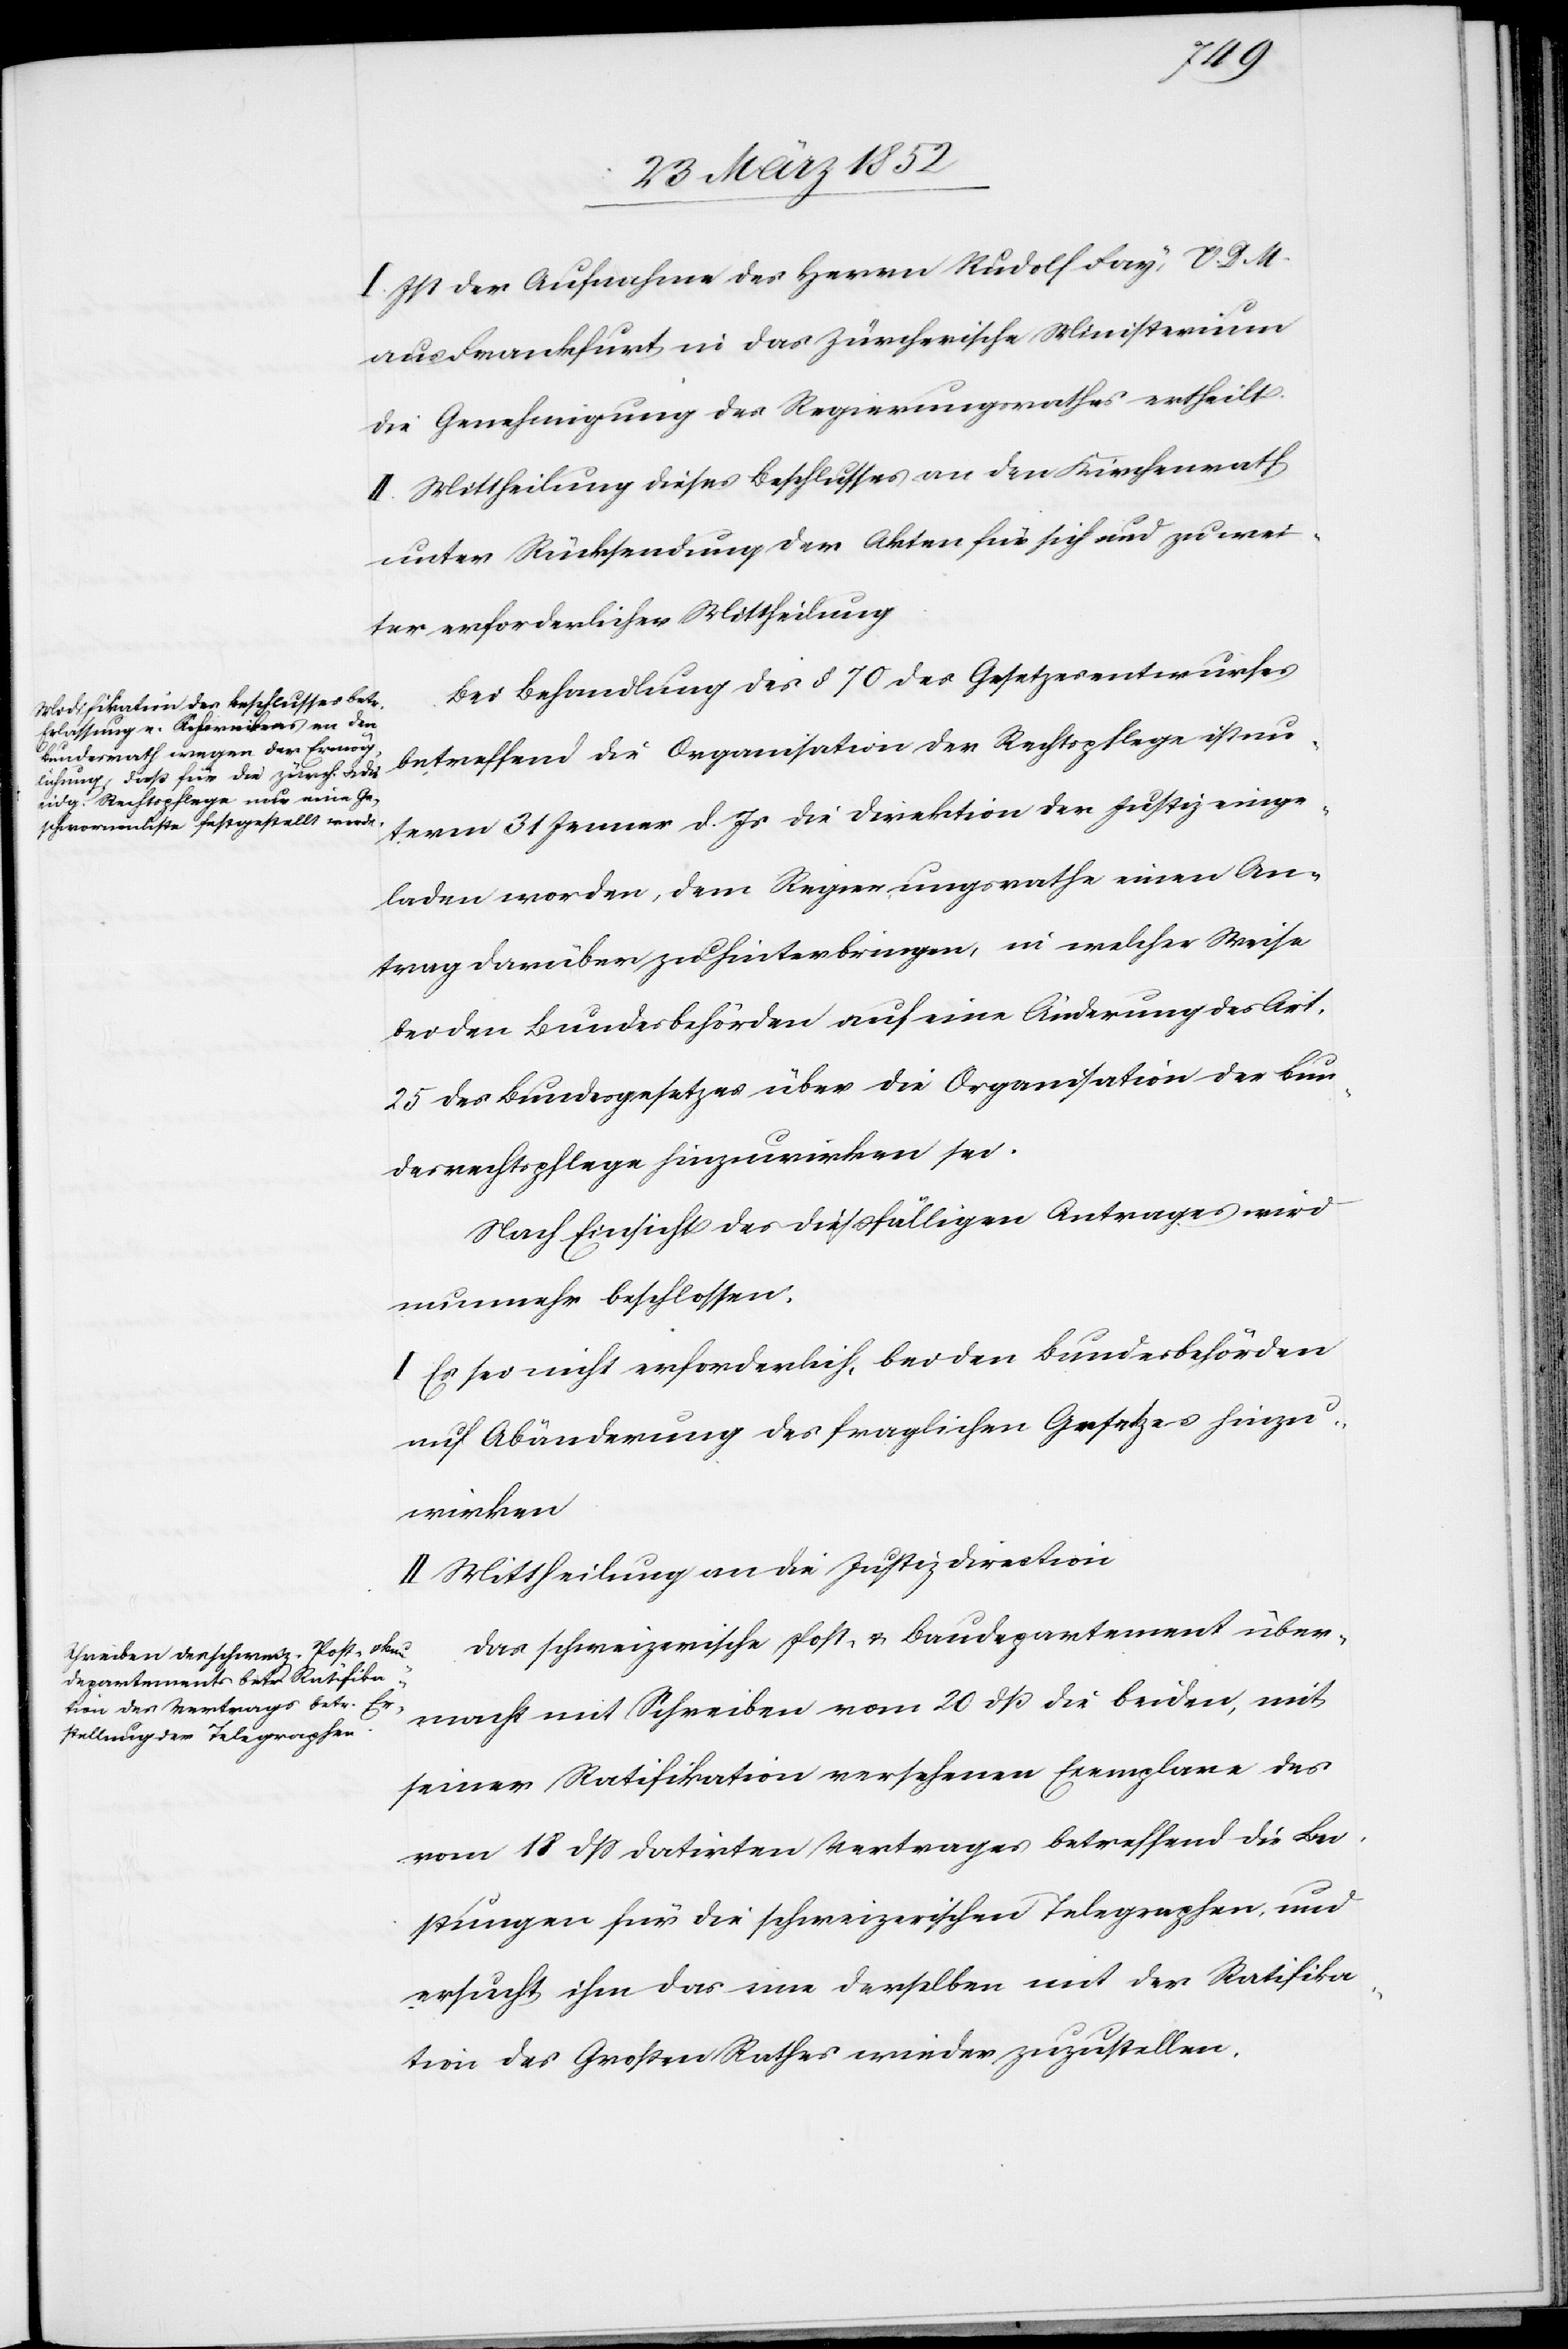
I. Ist der Aufnahme des Herrn Rudolf Fay, V. D. M.
aus Frankfurt in das Zürcherische Ministerium
die Genehmigung des Regierungsrathes ertheilt.
II. Mittheilung dieses Beschlusses an den Kirchenrath
unter Rücksendung der Akten für sich und zu wei¬
ter erforderlicher Mittheilung.
Bei Behandlung des § 70 des Gesetzesentwurfes
betreffend die Organisation der Rechtspflege ist un¬
term 31 Jenner d. Js die Direktion der Justiz einge¬
laden worden, dem Regierungsrathe einen An¬
trag darüber zu hinterbringen, in welcher Weise
bei den Bundesbehörden auf eine Änderung des Art.
25 des Bundesgesetzes über die Organisation der Bun¬
desrechtspflege hinzuwirken sei.
Nach Einsicht des dießfälligen Antrages wird
nunmehr beschlossen.
I. Es sei nicht erforderlich, bei den Bundesbehörden
auf Abänderung des fraglichen Gesetzes hinzu¬
wirken.
II. Mittheilung an die Justizdirektion.
Das schweizerische Post- u. Baudepartement über¬
macht mit Schreiben vom 20 dß die beiden, mit
seiner Ratifikation versehenen Exemplare des
vom 18 dß datirten Vertrages betreffend die Lei¬
stungen für die schweizerischen Telegraphen, und
ersucht ihm das eine derselben mit der Ratifika¬
tion des Großen Rathes wieder zuzustellen.